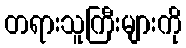
တရားသူကြီးများကို